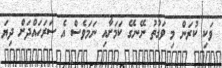
ވަކި ކުރަން މި ވަގުތު ނޭނގޭ ކަމަށާއި ނަމަވެސް އެ ސަރަހައްދަށް ދިޔަ